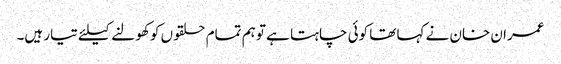
عمران خان نے کہا تھا کوئی چاہتا ہے تو ہم تمام حلقوں کو کھولنے کیلئے تیار ہیں۔